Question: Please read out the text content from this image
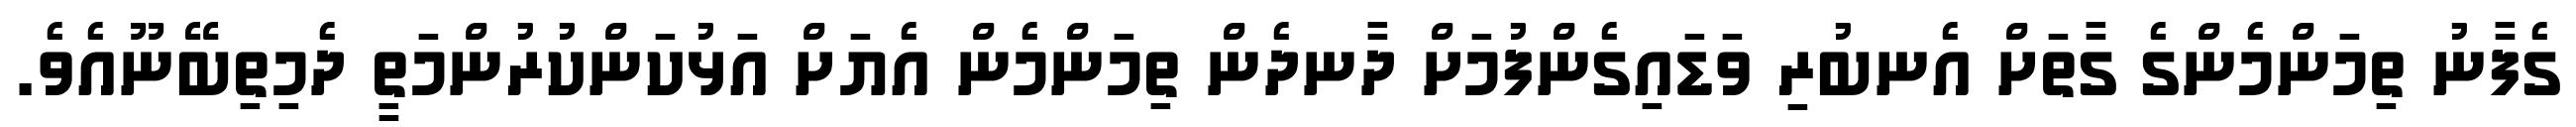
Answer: ގެފާނު ތިމަންމެންގެ ގާތަށް އެނބުރި ވަޑައިގެންފުމަށް ދާނދެން ތިމަންމެން އެޔަށް އަޅުކަންކުރުންމަތީ ދެމިތިބޭނޫއެވެ.